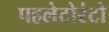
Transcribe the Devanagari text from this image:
पहलेटोरंटो